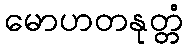
မောဟတနုတ္တံ